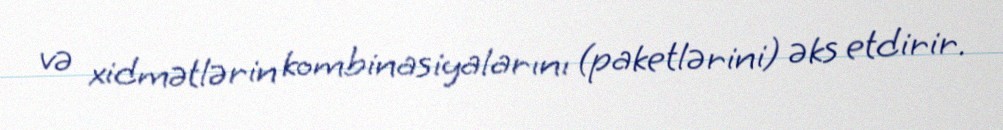
və xidmətlərin kombinasiyalarını (paketlərini) əks etdirir.